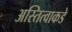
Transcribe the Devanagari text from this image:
अस्तित्वाकडे